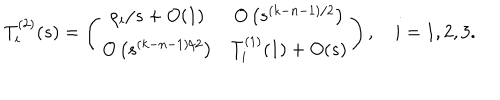
LaTeX: \renewcommand { \arraystretch } { 1 . 4 } T _ { i } ^ { ( 2 ) } ( s ) = \left( \begin{array} { c c } { { \rho _ { i } / s + O ( 1 ) } } & { { O \left( s ^ { ( k - n - 1 ) / 2 } \right) } } \\ { { O \left( s ^ { ( k - n - 1 ) / 2 } \right) } } & { { T _ { i } ^ { ( 1 ) } ( 1 ) + O ( s ) } } \\ \end{array} \right) , \quad i = 1 , 2 , 3 .